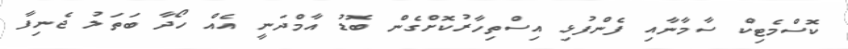
ކޮސްމެޓިކް ސާމާނާއި ފެންފުޅި އިސްތިހާރުކޮށްގެން ބޮޑު އާމްދަނީ އެއް ހޯދާ ބަތަލު ޖެނިފާ